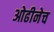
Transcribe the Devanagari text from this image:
ओढीनेच